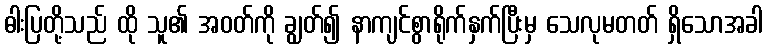
ဓါးပြတို့သည် ထို သူ၏ အဝတ်ကို ချွတ်၍ နာကျင်စွာရိုက်နှက်ပြီးမှ သေလုမတတ် ရှိသောအခါ